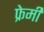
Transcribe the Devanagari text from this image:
फ्रेमी